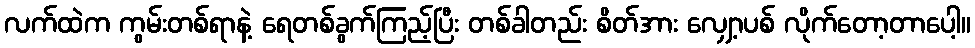
လက်ထဲက ကွမ်းတစ်ရာနဲ့ ရေတစ်ခွက်ကြည့်ပြီး တစ်ခါတည်း စိတ်အား လျှော့ပစ် လိုက်တော့တာပေါ့။